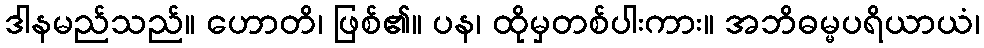
ဒါနမည်သည်။ ဟောတိ၊ ဖြစ်၏။ ပန၊ ထိုမှတစ်ပါးကား။ အဘိဓမ္မပရိယာယံ၊